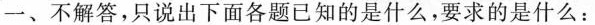
一、不解答，只说出下面各题已知的是什么，要求的是什么：